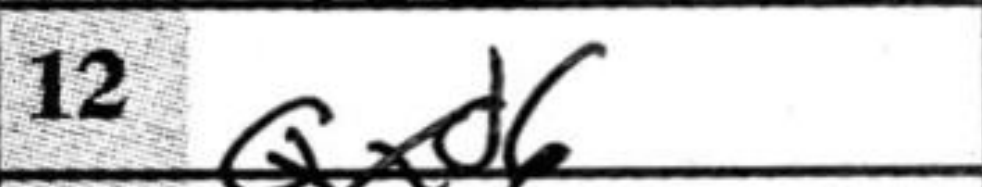
Transcription: Qxd6